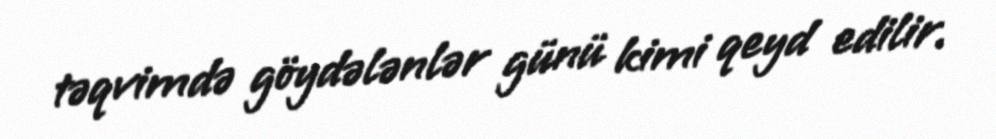
təqvimdə göydələnlər günü kimi qeyd edilir.